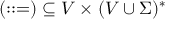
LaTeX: ( : : = ) \subseteq V \times ( V \cup \Sigma ) ^ { * }